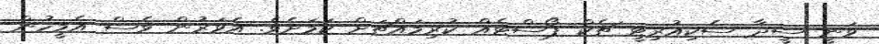
ވަނީ ސީދާ ސެކިއުރިޓީ ޗެކް ޕޯސްޓެއް ކުރިމައްޗަށް ކަމަށެވެ. އެވަރުން ވެސް އެމީހުން